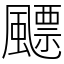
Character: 飃